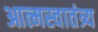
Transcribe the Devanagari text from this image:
आत्मस्वातंत्र्य